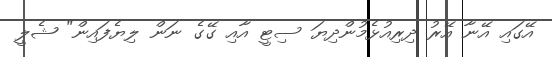
އޭގައި އޭނާ އޭރު ދިރިއުޅެމުންދިޔަ ސިޓީ އާއި ގޭގެ ނަން ލިޔެފައިން" ޝެލީ